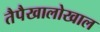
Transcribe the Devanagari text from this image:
तैपैखालोखाल